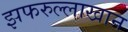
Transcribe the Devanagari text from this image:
झफरुल्लाखान